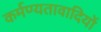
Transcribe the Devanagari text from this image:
कर्मण्यतावादियों